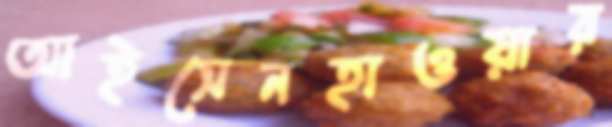
আইসেনহাওয়ার